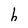
Character: h